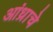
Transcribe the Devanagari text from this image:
आंध्राचे